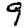
Digit: 9